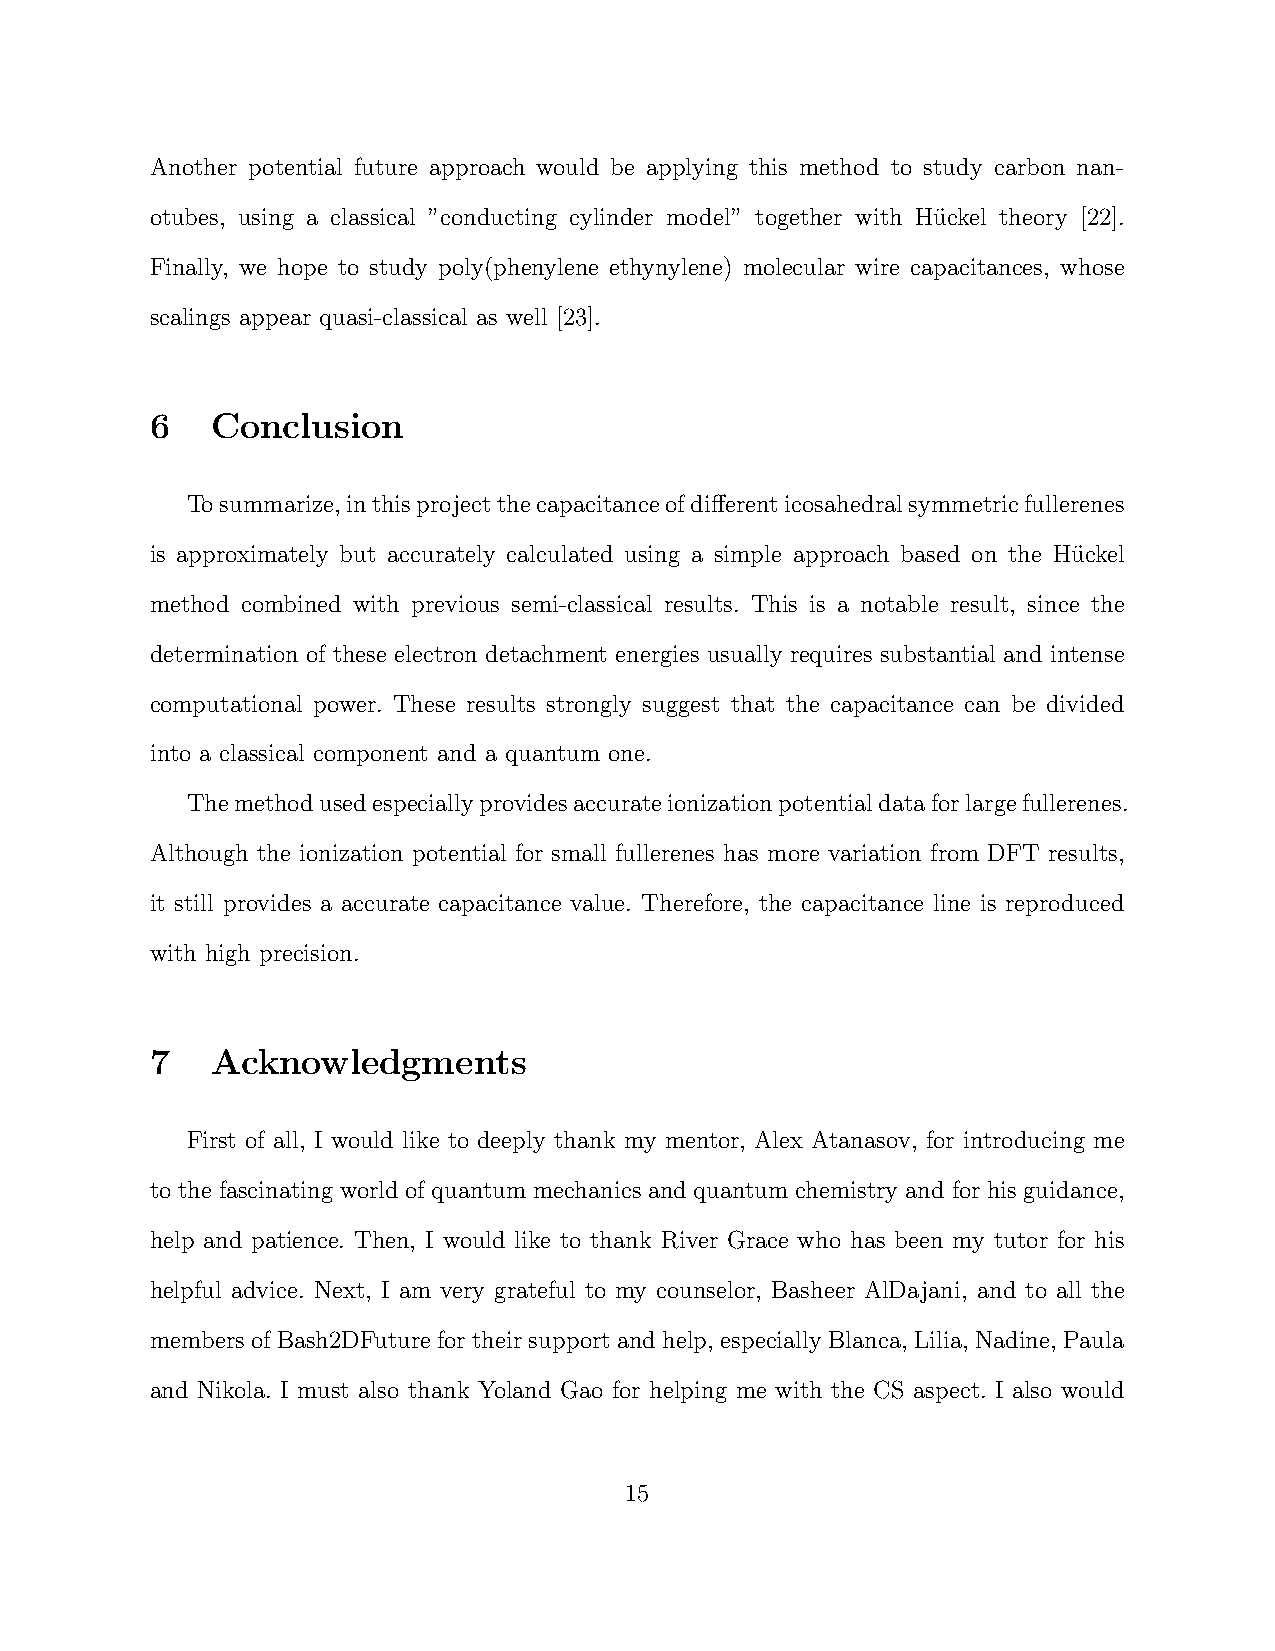
Another potential future approach would be applying this method to study carbon nan-
 otubes, using a classical ”conducting cylinder model” together with Hu¨ckel theory [22].
 Finally, we hope to study poly(phenylene ethynylene) molecular wire capacitances, whose
 scalings appear quasi-classical as well [23].
 6   Conclusion
 Tosummarize,inthisprojectthecapacitanceofdifferenticosahedralsymmetricfullerenes
 is approximately but accurately calculated using a simple approach based on the Hu¨ckel
 method combined with previous semi-classical results. This is a notable result, since the
 determination of these electron detachment energies usually requires substantial and intense
 computational power. These results strongly suggest that the capacitance can be divided
 into a classical component and a quantum one.
 Themethodusedespeciallyprovidesaccurateionizationpotentialdataforlargefullerenes.
 Although the ionization potential for small fullerenes has more variation from DFT results,
 it still provides a accurate capacitance value. Therefore, the capacitance line is reproduced
 with high precision.
 7   Acknowledgments
 First of all, I would like to deeply thank my mentor, Alex Atanasov, for introducing me
 to the fascinating world of quantum mechanics and quantum chemistry and for his guidance,
 help and patience. Then, I would like to thank River Grace who has been my tutor for his
 helpful advice. Next, I am very grateful to my counselor, Basheer AlDajani, and to all the
 members of Bash2DFuture for their support and help, especially Blanca, Lilia, Nadine, Paula
 and Nikola. I must also thank Yoland Gao for helping me with the CS aspect. I also would
 15